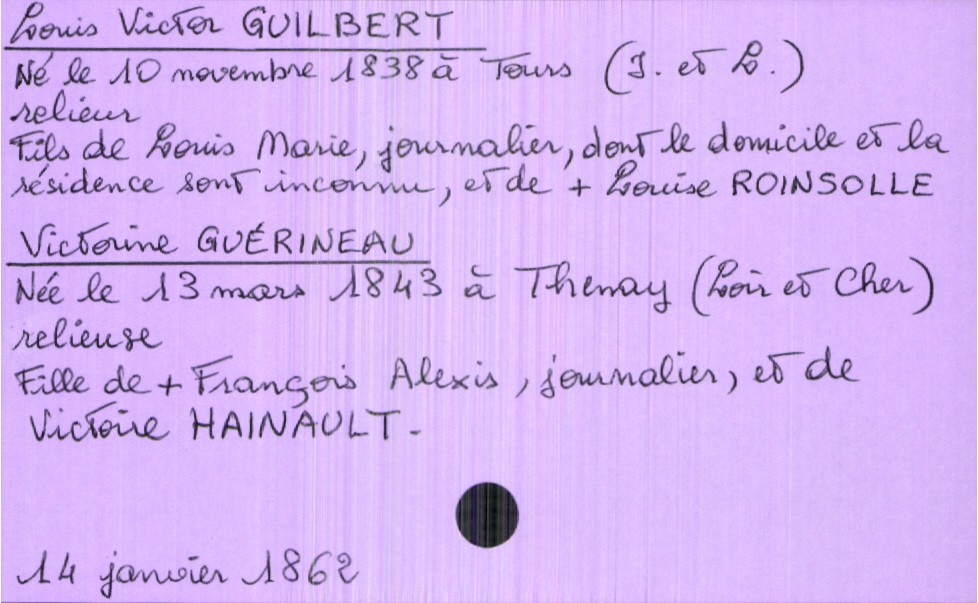
type_acte: Mariage
année: 1862
mois: janvier
jour: 14
marié_nom: Guilbert
marié_prénom: Louis Victor
marié_profession: relieur
marié_date_de_naissance: 10 novembre 1838
marié_lieu_de_naissance: Tours (Indre-et-Loire)
père_marié_nom: Guilbert
père_marié_prénom: Louis Marie
père_marié_profession: journalier
mère_marié_nom: Roinsolle
mère_marié_prénom: Louise
mère_marié_statut: décédée
mariée_nom: Guérineau
mariée_prénom: Victorine
mariée_profession: relieuse
mariée_date_de_naissance: 13 mars 1843
mariée_lieu_de_naissance: Thenay (Loir et Cher)
père_mariée_nom: Guérineau
père_mariée_prénom: François Alexis
père_mariée_profession: journalier
père_mariée_statut: décédé
mère_mariée_nom: Hainault
mère_mariée_prénom: Victoire